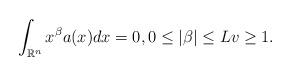
LaTeX: \begin{align*}\int_{\mathbb{R}^{n}}x^{\beta }a(x)dx=0,0\leq |\beta|\leq Lv\geq 1. \end{align*}